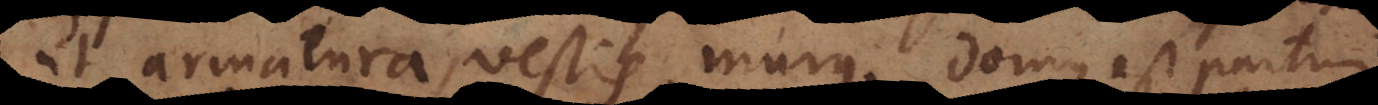
ut armatura, vestis, murus; domus est partim